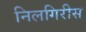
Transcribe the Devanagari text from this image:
निलगिरीस